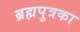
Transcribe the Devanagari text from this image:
ब्रह्मपुत्रका